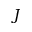
\boldsymbol { J }